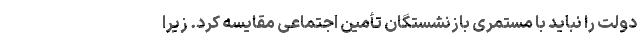
دولت را نباید با مستمری بازنشستگان تأمین اجتماعی مقایسه کرد. زیرا